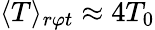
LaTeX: \langle T\rangle_{r\varphi t}\approx 4T_{0}